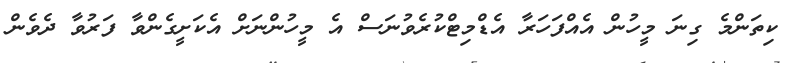
ކިތަންމެ ގިނަ މީހުން އެއްފަހަރާ އެޑްމިޓްކުރެވުނަސް އެ މީހުންނަށް އެކަށީގެންވާ ފަރުވާ ދެވެން